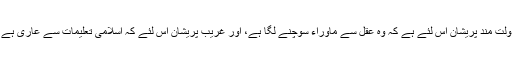
دولت مند پریشان اس لئے ہے کہ وہ عقل سے ماوراء سوچنے لگا ہے، اور غریب پریشان اس لئے کہ اسلامی تعلیمات سے عاری ہے ۔